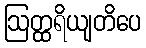
ဩတ္ထရိယျတိပေ